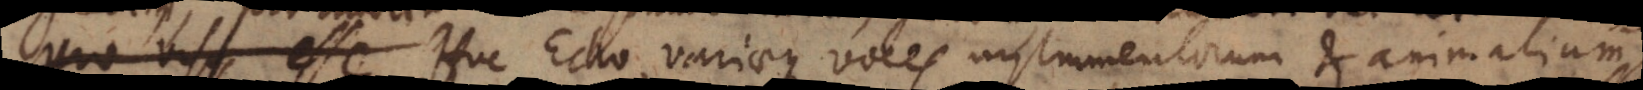
esse. Huc Echo, variaeque voces instrumentorum et animalium.